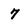
Character: 7